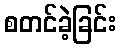
စတင်ခဲ့ခြင်း